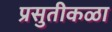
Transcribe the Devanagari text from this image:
प्रसुतीकळा